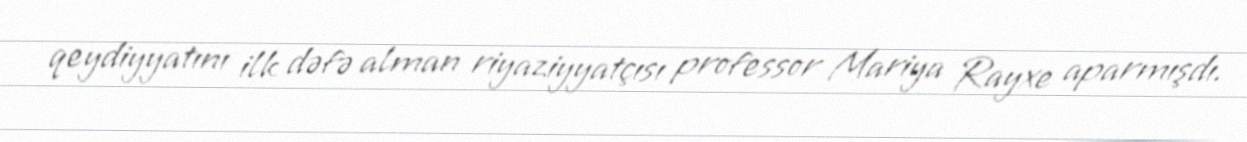
qeydiyyatını ilk dəfə alman riyaziyyatçısı professor Mariya Rayxe aparmışdı.